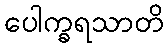
ပေါက္ခရသာတိ